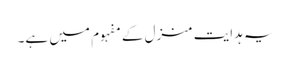
یہ ہدایت منزل کے مفہوم میں ہے۔